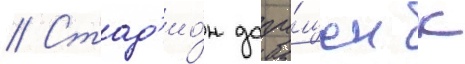
// Стад'ио́н допу́щен к